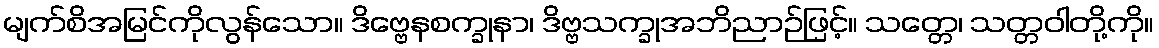
မျက်စိအမြင်ကိုလွန်သော။ ဒိဗ္ဗေနစက္ခုနာ၊ ဒိဗ္ဗသက္ခုအဘိညာဉ်ဖြင့်။ သတ္တေ၊ သတ္တဝါတို့ကို။